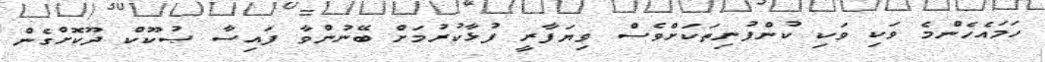
ހަމައެހެންމެ ވަކި ވަކި ކުންފުނިތަކަށްވެސް ވިޔަފާރީ ފުޅާކުރުމަށް ބޭނުންވާ ފައިސާ ޞުކޫކް ދޫކޮށްގެން